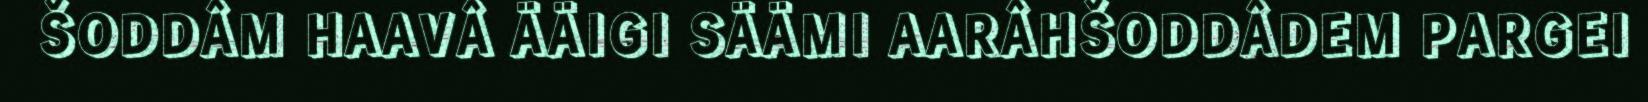
ŠODDÂM HAAVÂ ÄÄIGI SÄÄMI AARÂHŠODDÂDEM PARGEI